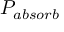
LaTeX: P _ { a b s o r b }